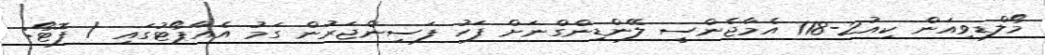
މޯލްޑިވިއަން ކިއު2-118 އެމާޖެންސީ ލޭންޑިންގްނަށް ފަހު ފަސިންޖަރުން ގަމު އެއާޕޯޓުގައި / ފޮޓޯ: